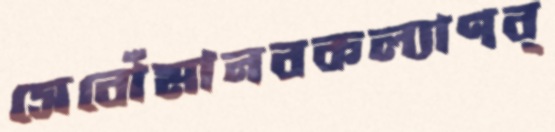
সেবোঁমানবকল্যাণব্